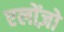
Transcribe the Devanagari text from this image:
एलोंज़ो